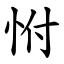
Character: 㤔